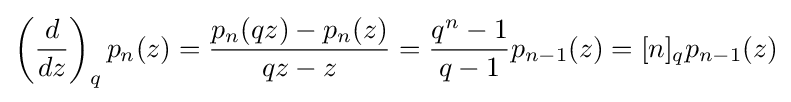
\left({\frac {d}{dz}}\right)_{q}p_{n}(z)={\frac {p_{n}(qz)-p_{n}(z)}{qz-z}}={\frac {q^{n}-1}{q-1}}p_{n-1}(z)=[n]_{q}p_{n-1}(z)